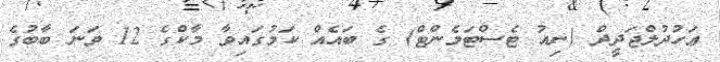
ޢަހުދުލްޖަދީދް (ނިއު ޓެސްޓަމެންޓް) ގެ ބައެއް ކަމުގައިވާ މާކްގެ 12 ވަނަ ބާބުގެ